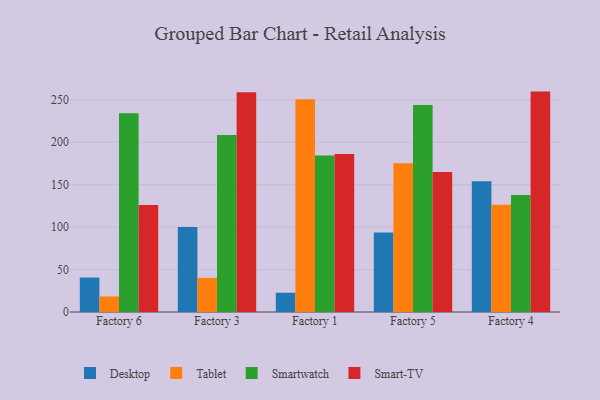
{"axis": {"x": "Factory", "y": "Energy Usage (MWh)"}, "legend": ["Desktop", "Smart-TV", "Smartwatch", "Tablet"], "data": [{"x": "Factory 6", "y": 40.6, "type": "Desktop"}, {"x": "Factory 6", "y": 18.3, "type": "Tablet"}, {"x": "Factory 6", "y": 234.3, "type": "Smartwatch"}, {"x": "Factory 6", "y": 126.1, "type": "Smart-TV"}, {"x": "Factory 3", "y": 100.1, "type": "Desktop"}, {"x": "Factory 3", "y": 40.2, "type": "Tablet"}, {"x": "Factory 3", "y": 208.7, "type": "Smartwatch"}, {"x": "Factory 3", "y": 258.9, "type": "Smart-TV"}, {"x": "Factory 1", "y": 22.7, "type": "Desktop"}, {"x": "Factory 1", "y": 250.8, "type": "Tablet"}, {"x": "Factory 1", "y": 184.3, "type": "Smartwatch"}, {"x": "Factory 1", "y": 186.3, "type": "Smart-TV"}, {"x": "Factory 5", "y": 93.7, "type": "Desktop"}, {"x": "Factory 5", "y": 175.4, "type": "Tablet"}, {"x": "Factory 5", "y": 243.8, "type": "Smartwatch"}, {"x": "Factory 5", "y": 165.0, "type": "Smart-TV"}, {"x": "Factory 4", "y": 154.0, "type": "Desktop"}, {"x": "Factory 4", "y": 126.3, "type": "Tablet"}, {"x": "Factory 4", "y": 137.9, "type": "Smartwatch"}, {"x": "Factory 4", "y": 259.7, "type": "Smart-TV"}]}